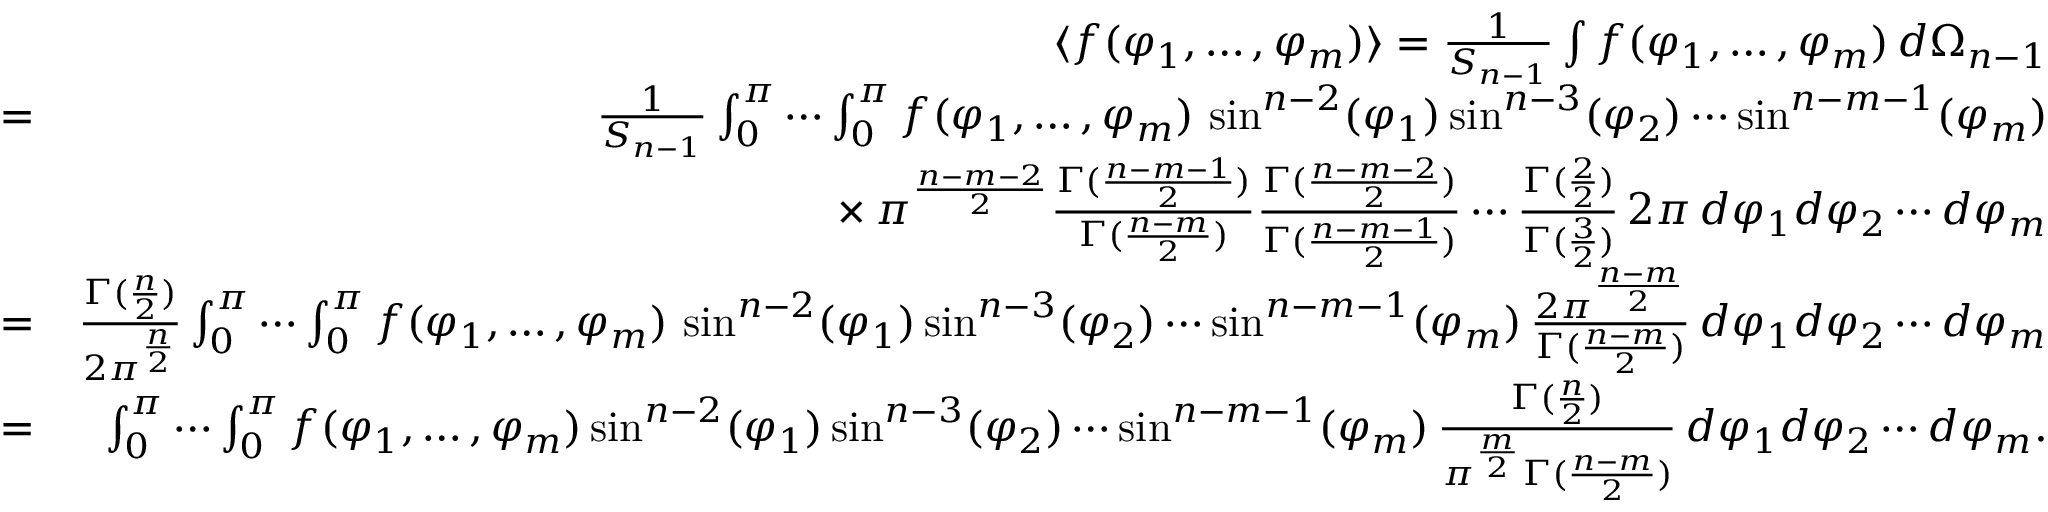
\begin{array} { r l r } { \! \! \! } & { } & { \langle f ( \varphi _ { 1 } , \ldots , \varphi _ { m } ) \rangle = \frac { 1 } { S _ { n - 1 } } \int f ( \varphi _ { 1 } , \ldots , \varphi _ { m } ) \, d \Omega _ { n - 1 } } \\ & { = } & { \frac { 1 } { S _ { n - 1 } } \int _ { 0 } ^ { \pi } \cdots \int _ { 0 } ^ { \pi } f ( \varphi _ { 1 } , \ldots , \varphi _ { m } ) \, \sin ^ { n - 2 } ( \varphi _ { 1 } ) \sin ^ { n - 3 } ( \varphi _ { 2 } ) \cdots \sin ^ { n - m - 1 } ( \varphi _ { m } ) } \\ & { } & { \phantom { \frac { 1 } { S _ { n - 1 } } \int _ { 0 } ^ { \pi } \cdots \int _ { 0 } ^ { \pi } } \times \pi ^ { \frac { n - m - 2 } { 2 } } \frac { \Gamma ( \frac { n - m - 1 } { 2 } ) } { \Gamma ( \frac { n - m } { 2 } ) } \frac { \Gamma ( \frac { n - m - 2 } { 2 } ) } { \Gamma ( \frac { n - m - 1 } { 2 } ) } \cdots \frac { \Gamma ( \frac { 2 } { 2 } ) } { \Gamma ( \frac { 3 } { 2 } ) } \, 2 \pi \, d \varphi _ { 1 } d \varphi _ { 2 } \cdots d \varphi _ { m } } \\ & { = } & { \frac { \Gamma ( \frac { n } { 2 } ) } { 2 \pi ^ { \frac { n } { 2 } } } \int _ { 0 } ^ { \pi } \cdots \int _ { 0 } ^ { \pi } f ( \varphi _ { 1 } , \ldots , \varphi _ { m } ) \, \sin ^ { n - 2 } ( \varphi _ { 1 } ) \sin ^ { n - 3 } ( \varphi _ { 2 } ) \cdots \sin ^ { n - m - 1 } ( \varphi _ { m } ) \, \frac { 2 \pi ^ { \frac { n - m } { 2 } } } { \Gamma ( \frac { n - m } { 2 } ) } \, d \varphi _ { 1 } d \varphi _ { 2 } \cdots d \varphi _ { m } } \\ & { = } & { \int _ { 0 } ^ { \pi } \cdots \int _ { 0 } ^ { \pi } f ( \varphi _ { 1 } , \ldots , \varphi _ { m } ) \sin ^ { n - 2 } ( \varphi _ { 1 } ) \sin ^ { n - 3 } ( \varphi _ { 2 } ) \cdots \sin ^ { n - m - 1 } ( \varphi _ { m } ) \, \frac { \Gamma ( \frac { n } { 2 } ) } { \pi ^ { \frac { m } { 2 } } \Gamma ( \frac { n - m } { 2 } ) } \, d \varphi _ { 1 } d \varphi _ { 2 } \cdots d \varphi _ { m } . } \end{array}